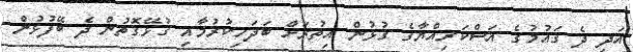
އަދި ދެ ގައުމުގެ އަސްކަރިއްޔާގެ ގުޅުން އިތުރަށް ބަދަހިކުރުމާއި ގުޅޭގޮތުން ދެ ބޭފުޅުން